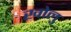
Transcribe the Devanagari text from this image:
खोलु